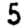
Digit: 5